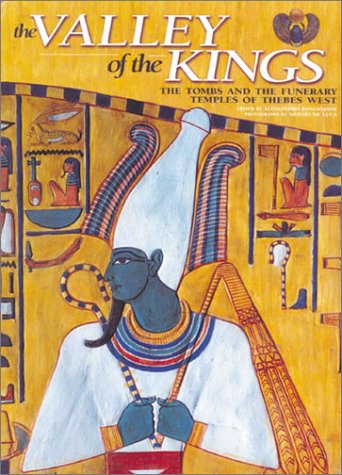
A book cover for The Valley of the Kings: The Tombs and the Funerary of Thebes West; Kent Weeks; Travel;